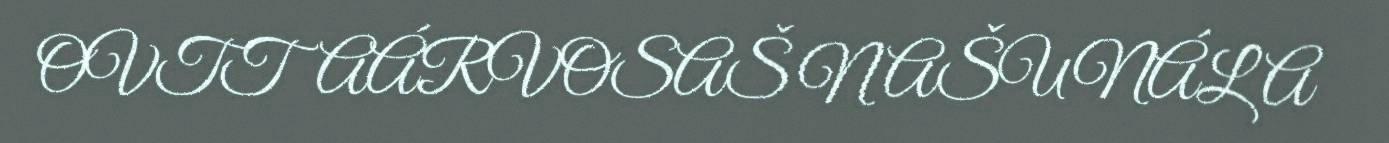
OVTTAÁRVOSAŠ NAŠUNÁLA